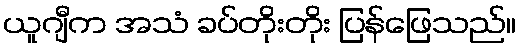
ယူဂျီက အသံ ခပ်တိုးတိုး ပြန်ဖြေသည်။